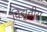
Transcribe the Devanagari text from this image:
विद्युत्तीय